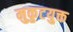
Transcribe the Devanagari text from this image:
मुकुटयुक्त